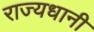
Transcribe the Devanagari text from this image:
राज्यधानी